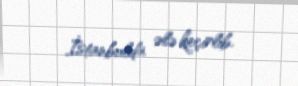
İstanbulda ələ keçirlib.